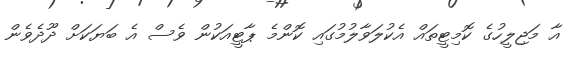
އާ މަޖިލީހުގެ ކޮމިޓީތައް އެކުލަވާލުމުގައި ކޮންމެ ޕާޓީއަކުން ވެސް އެ ބަޔަކަށް ދޫދެވެން